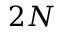
2 N